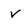
Character: v